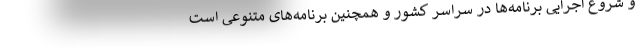
و شروع اجرایی برنامه‌ها در سراسر کشور و همچنین برنامه‌های متنوعی است